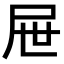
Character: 屉